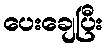
ပေးချေပြီး